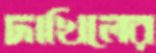
দাখিলের